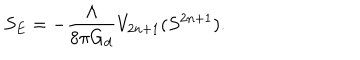
S _ { E } = - \frac { \Lambda } { 8 \pi G _ { d } } V _ { 2 n + 1 } ( S ^ { 2 n + 1 } ) .